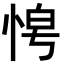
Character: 𭜿